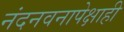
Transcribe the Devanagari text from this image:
नंदनवनापेक्षाही